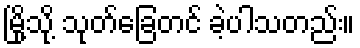
မြို့သို့ သုတ်ခြေတင် ခဲ့ပါသတည်း။